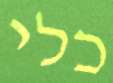
כלי